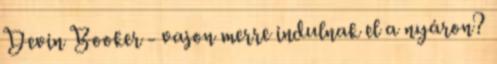
Devin Booker - vajon merre indulnak el a nyáron?